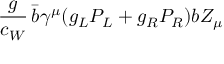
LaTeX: \frac { g } { c _ { W } } \, \bar { b } \gamma ^ { \mu } ( g _ { L } P _ { L } + g _ { R } P _ { R } ) b Z _ { \mu }